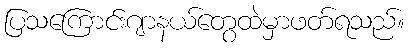
ပြသကြောင်းဂျာနယ်တွေထဲမှာဖတ်ရသည်။